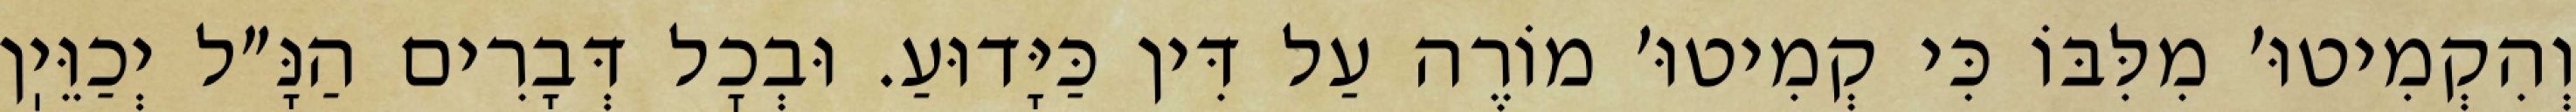
וְהִקְמִיטוּ׳ מִלִּבּוֹ כִּי קְמִיטוּ׳ מוֹרֶה עַל דִּין כַּיָּדוּעַ. וּבְכׇל דְּבָרִים הַנָּ״ל יְכַוֵּיֽן